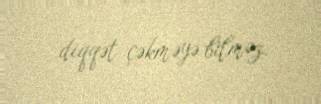
diqqət çəkməyə bilməz.